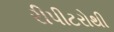
રીપીટરોથી